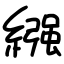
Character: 繦